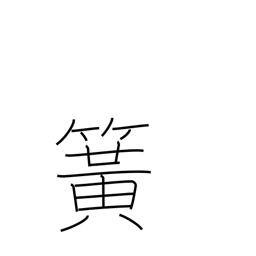
Meaning: flute reed